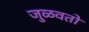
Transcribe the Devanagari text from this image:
जुळवतो